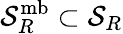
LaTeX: \mathcal{S}_{R}^{\mathrm{mb}}\subset\mathcal{S}_{R}